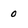
Character: 0